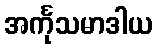
အင်္ကုသမာဒါယ